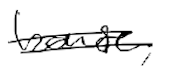
Text: house,
Cross-out: double-line
Writing tool: digital_black